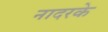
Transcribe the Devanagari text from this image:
नादरके